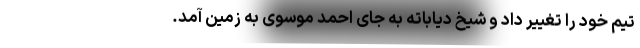
تیم خود را تغییر داد و شیخ دیاباته به جای احمد موسوی به زمین آمد.